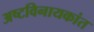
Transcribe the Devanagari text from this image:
अष्टविनायकांत